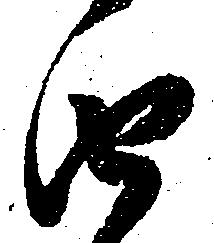
由